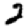
Digit: 2